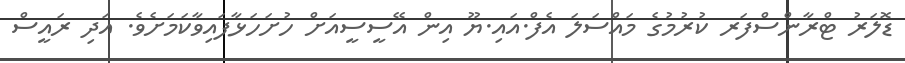
ޑޮލަރު ޓްރާންސްފަރ ކުރުމުގެ މައްސަލަ އެފް.އައި.ޔޫ އިން އޭސީސީއަށް ހުށަހަޅާފައިވާކަމަށެވެ. އަދި ރައީސް